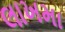
લાખમા